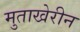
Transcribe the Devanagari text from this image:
मुताखेरीन